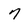
Character: 7